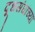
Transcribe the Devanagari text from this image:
दूधसंघांच्या